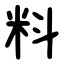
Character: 料